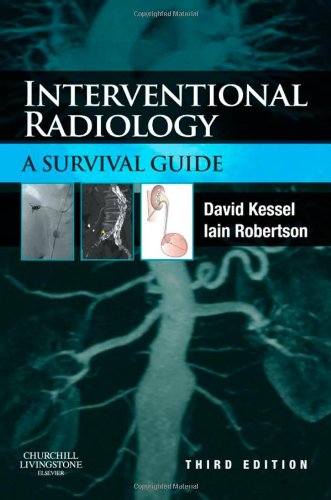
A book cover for Interventional Radiology: A Survival Guide, 3e; David Kessel MB  BS  MA  MRCP  FRCR; Medical Books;